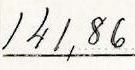
141,86